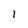
Character: 1